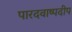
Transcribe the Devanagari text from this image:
पारदवाष्पदीप